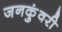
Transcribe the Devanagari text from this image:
जनकुंवरी